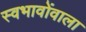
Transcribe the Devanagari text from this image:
स्वभावोंवाला